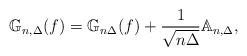
LaTeX: \begin{align*}\mathbb{G}_{n,\Delta}(f) = \mathbb{G}_{n\Delta}(f) + \frac{1}{\sqrt{n\Delta}}\mathbb{A}_{n,\Delta},\end{align*}